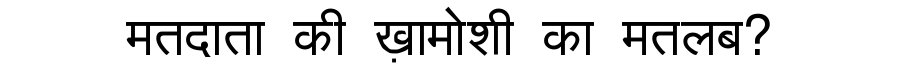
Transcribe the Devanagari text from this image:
मतदाता की ख़ामोशी का मतलब?